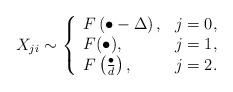
LaTeX: \begin{align*} X_{ji} \sim \left\{ \begin{array}{ll} F\left( \bullet - \Delta \right), & j = 0,\\ F( \bullet ), & j = 1, \\ F\left( \frac{ \bullet }{ d } \right), & j = 2. \end{array} \right.\end{align*}